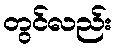
တွင်လည်း